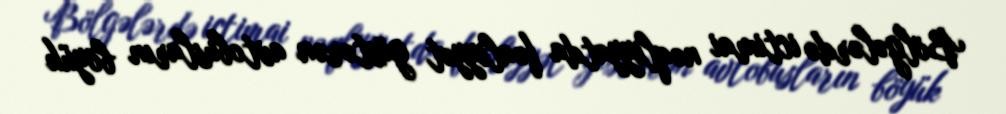
Bölgələrdə ictimai nəqliyyatda fəaliyyət göstərən avtobusların böyük